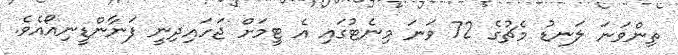
ތިންވަނަ ލަނޑު މެޗުގެ 72 ވަނަ މިނެޓުގައި އެ ޓީމަށް ޖަހައިދިނީ ފަނާންޑީނިއޯއެވެ.